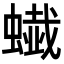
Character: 𧐦